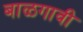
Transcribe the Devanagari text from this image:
बाळगावी